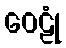
ဝေဠုံ